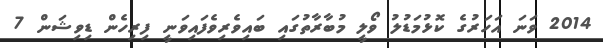
2014 ވަނަ އަހަރުގެ ކޮޅުމަޑުލު ވޯލީ މުބާރާތުގައި ބައިވެރިވެފައިވަނީ ފިރިހެން ޑިވިޝަން 7